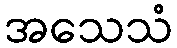
အသေသံ